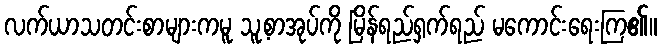
လက်ယာသတင်းစာများကမူ သူ့စာအုပ်ကို မြိန်ရည်ရှက်ရည် မကောင်းရေးကြ၏။